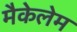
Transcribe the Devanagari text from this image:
मैकेलेम